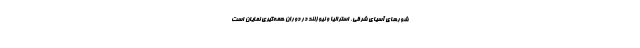
شورهای آسیای شرقی، استرالیا و نیوزلند در دوران همه‌گیری نمایان است